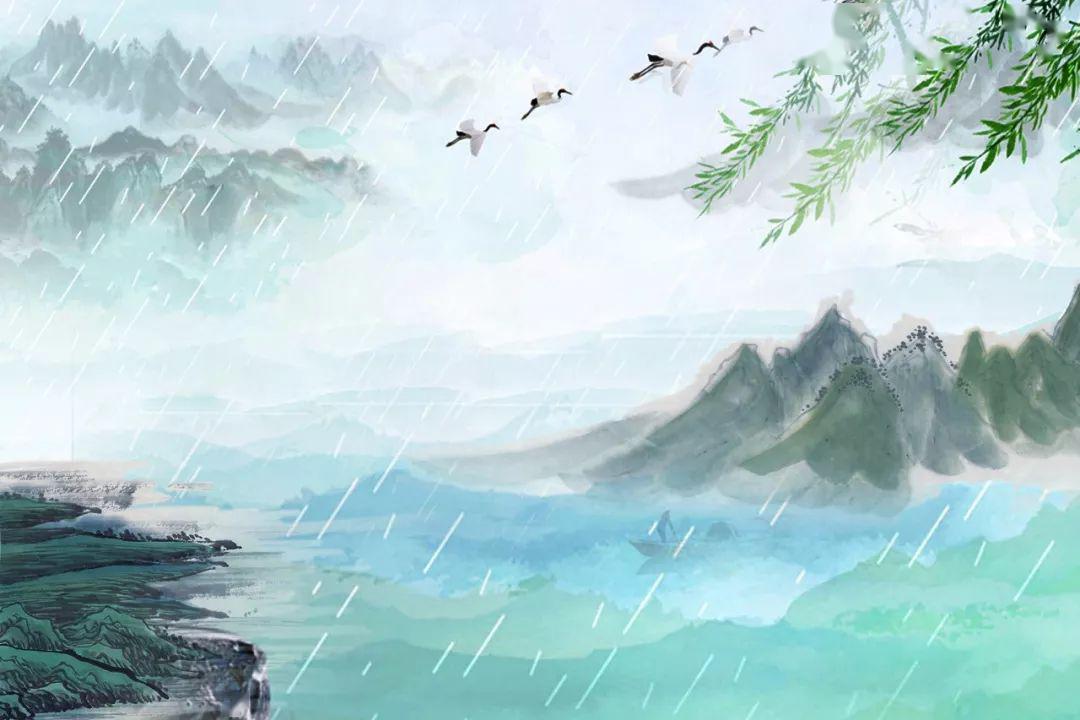
日斜江上孤帆影，草绿湖南万里情。